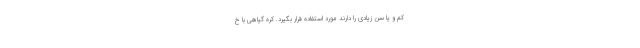
کم و یا سن زیادی را دارند مورد استفاده قرار بگیرد. کره گیاهی با خ